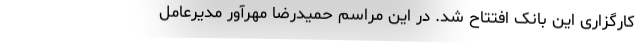
کارگزاری این بانک افتتاح شد. در این مراسم حمیدرضا مهرآور مدیرعامل